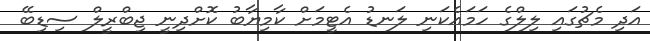
އަދި މެޗުގައި ލިލްގެ ހަމައެކަނި ލަނޑު އެޓީމަށް ކާމިޔާބު ކޮށްދިނީ ޖިބްރީލް ސިޑިބޭ